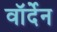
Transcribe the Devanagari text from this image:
वॉर्देन